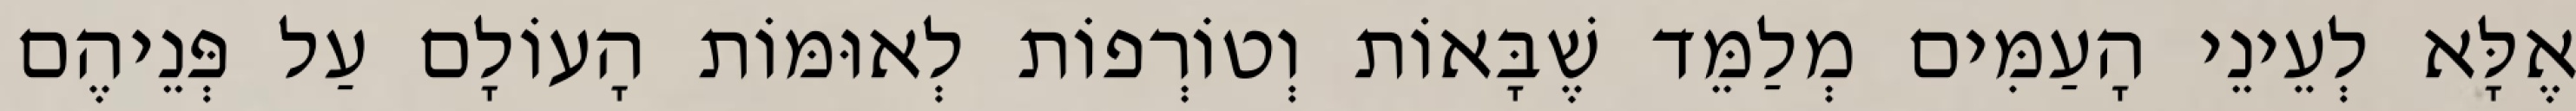
אֶלָּא לְעֵינֵי הָעַמִּים מְלַמֵּד שֶׁבָּאוֹת וְטוֹרְפוֹת לְאוּמּוֹת הָעוֹלָם עַל פְּנֵיהֶם